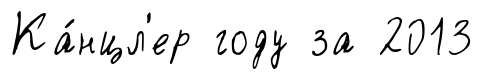
Ка́нцл'ер году за 2013